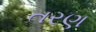
તરણ